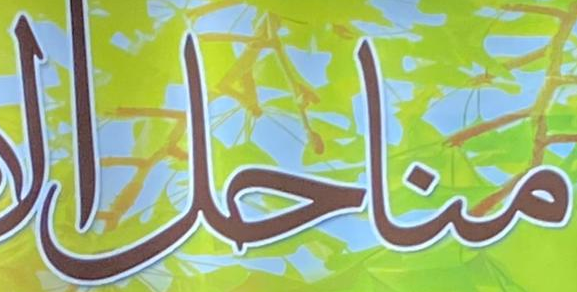
مناحل